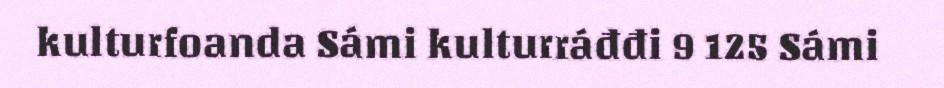
kulturfoanda Sámi kulturráđđi 9 125 Sámi